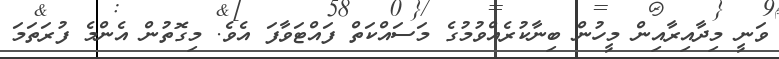
ވަނީ މިދާއިރާއިން މީހުން ބިނާކުރެއްވުމުގެ މަސައްކަތް ފައްޓަވާފަ އެވެ. މިގޮތުން އެންމެ ފުރަތަމަ